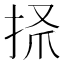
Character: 𢫺